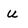
Character: u